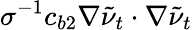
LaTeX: \sigma^{-1}c_{b2}\nabla\tilde{\nu}_{t}\cdot\nabla\tilde{\nu}_{t}